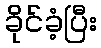
ခိုင်ခံ့ပြီး